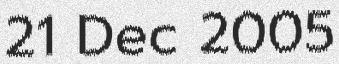
21 Dec 2005